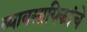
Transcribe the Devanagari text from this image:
व्यावसायिकांचे